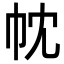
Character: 帎